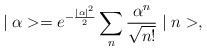
\begin{align*}\mid \alpha>=e^{-\frac{\mid \alpha \mid^2}{2}} \sum_{n} \frac{\alpha^{n}}{\sqrt{n!}} \mid n>,\end{align*}